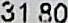
31.80